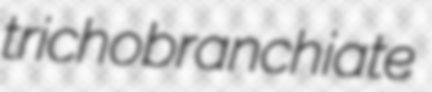
trichobranchiate